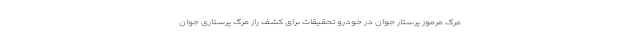
مرگ مرموز پرستار جوان در خودرو تحقیقات برای کشف راز مرگ پرستاری جوان